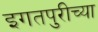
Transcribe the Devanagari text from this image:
इगतपुरीच्या